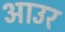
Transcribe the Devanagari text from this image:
आउर